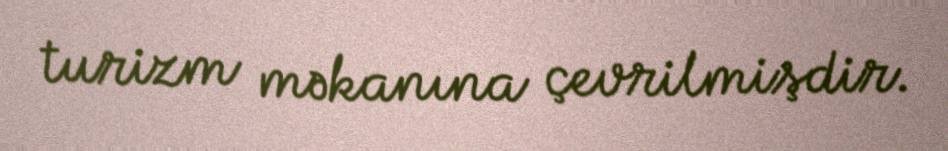
turizm məkanına çevrilmişdir.